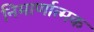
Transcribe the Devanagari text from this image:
निमार्णात्मक